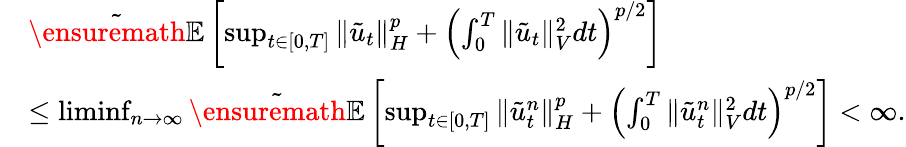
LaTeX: \begin{array}{rl}&{\tilde{\ensuremath{{\mathbb E}}}\left[\operatorname*{sup}_{t\in[0,T]}\| \tilde{u}_{t}\| _{H}^{p}+\left(\int_{0}^{T}\| \tilde{u}_{t}\| _{V}^{2}dt\right)^{p/2}\right]}\\ &{\leq\operatorname*{liminf}_{n\rightarrow\infty}\tilde{\ensuremath{{\mathbb E}}}\left[\operatorname*{sup}_{t\in[0,T]}\| \tilde{u}_{t}^{n}\| _{H}^{p}+\left(\int_{0}^{T}\| \tilde{u}_{t}^{n}\| _{V}^{2}dt\right)^{p/2}\right]<\infty.}\end{array}